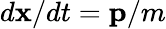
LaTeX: d\mathbf{x}/dt=\mathbf{p}/m